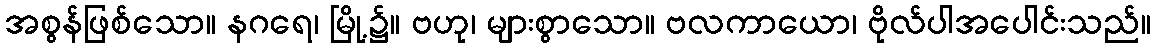
အစွန်ဖြစ်သော။ နဂရေ၊ မြို့၌။ ဗဟု၊ များစွာသော။ ဗလကာယော၊ ဗိုလ်ပါအပေါင်းသည်။